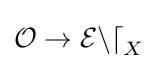
{\mathcal {O}}\to {\mathcal {End}}_{X}